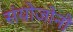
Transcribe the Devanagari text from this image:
संयोजोनो